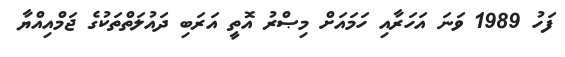
ފަހު 1989 ވަނަ އަހަރާއި ހަމައަށް މިޞްރު އޮތީ އަރަބި ދައުލަތްތަކުގެ ޖަމްއިއްޔާ